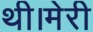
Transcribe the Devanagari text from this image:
थी।मेरी